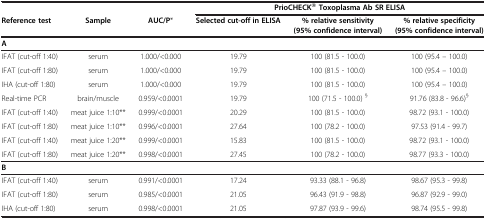
<table><thead><tr><td><b> </b></td><td><b> </b></td><td><b> </b></td><td colspan="3"><b>PrioCHECK® Toxoplasma Ab SR ELISA</b></td></tr><tr><td><b>Reference test</b></td><td><b>Sample</b></td><td><b>AUC/P*</b></td><td><b>Selected cut-off in ELISA</b></td><td><b>% relative sensitivity (95% confidence interval)</b></td><td><b>% relative specificity (95% confidence interval)</b></td></tr></thead><tbody><tr><td colspan="6"><b>A</b></td></tr><tr><td>IFAT (cut-off 1:40)</td><td>serum</td><td>1.000/&lt;0.000</td><td>19.79</td><td>100 (81.5 - 100.0)</td><td>100 (95.4 – 100.0)</td></tr><tr><td>IFAT (cut-off 1:80)</td><td>serum</td><td>1.000/&lt;0.000</td><td>19.79</td><td>100 (81.5 - 100.0)</td><td>100 (95.4 – 100.0)</td></tr><tr><td>IHA (cut-off 1:80)</td><td>serum</td><td>1.000/&lt;0.000</td><td>19.79</td><td>100 (81.5 - 100.0)</td><td>100 (95.4 – 100.0)</td></tr><tr><td>Real-time PCR</td><td>brain/muscle</td><td>0.959/&lt;0.0001</td><td>19.79</td><td>100 (71.5 - 100.0) <sup>§</sup></td><td>91.76 (83.8 - 96.6)<sup>§</sup></td></tr><tr><td>IFAT (cut-off 1:40)</td><td>meat juice 1:10**</td><td>0.999/&lt;0.0001</td><td>20.29</td><td>100 (81.5 - 100.0)</td><td>98.72 (93.1 - 100.0)</td></tr><tr><td>IFAT (cut-off 1:80)</td><td>meat juice 1:10**</td><td>0.996/&lt;0.0001</td><td>27.64</td><td>100 (78.2 - 100.0)</td><td>97.53 (91.4 - 99.7)</td></tr><tr><td>IFAT (cut-off 1:40)</td><td>meat juice 1:20**</td><td>0.999/&lt;0.0001</td><td>15.83</td><td>100 (81.5 - 100.0)</td><td>98.72 (93.1 - 100.0)</td></tr><tr><td>IFAT (cut-off 1:80)</td><td>meat juice 1:20**</td><td>0.998/&lt;0.0001</td><td>27.45</td><td>100 (78.2 - 100.0)</td><td>98.77 (93.3 - 100.0)</td></tr><tr><td><b>B</b></td><td> </td><td> </td><td> </td><td> </td><td> </td></tr><tr><td>IFAT (cut-off 1:40)</td><td>serum</td><td>0.991/&lt;0.0001</td><td>17.24</td><td>93.33 (88.1 - 96.8)</td><td>98.67 (95.3 - 99.8)</td></tr><tr><td>IFAT (cut-off 1:80)</td><td>serum</td><td>0.985/&lt;0.0001</td><td>21.05</td><td>96.43 (91.9 - 98.8)</td><td>96.87 (92.9 - 99.0)</td></tr><tr><td>IHA (cut-off 1:80)</td><td>serum</td><td>0.998/&lt;0.0001</td><td>21.05</td><td>97.87 (93.9 - 99.6)</td><td>98.74 (95.5 - 99.8)</td></tr></tbody></table>